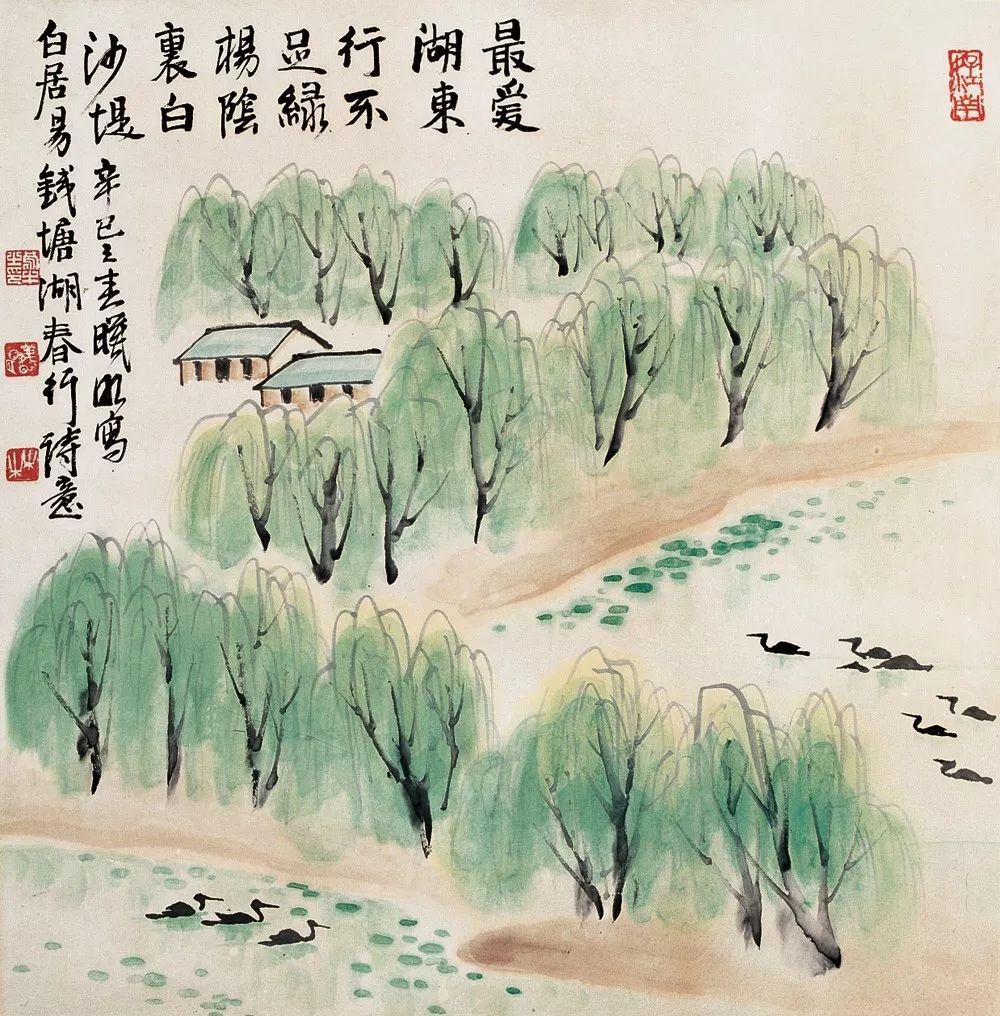
春游之盛，西湖未能过也。